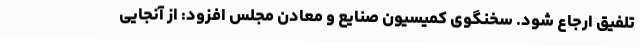
تلفیق ارجاع شود. سخنگوی کمیسیون صنایع و معادن مجلس افزود: از آنجایی